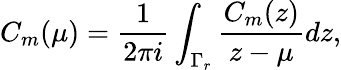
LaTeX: C_{m}(\mu)={\frac{1}{2\pi i}}\int_{\Gamma_{r}}{\frac{C_{m}(z)}{z-\mu}}dz,